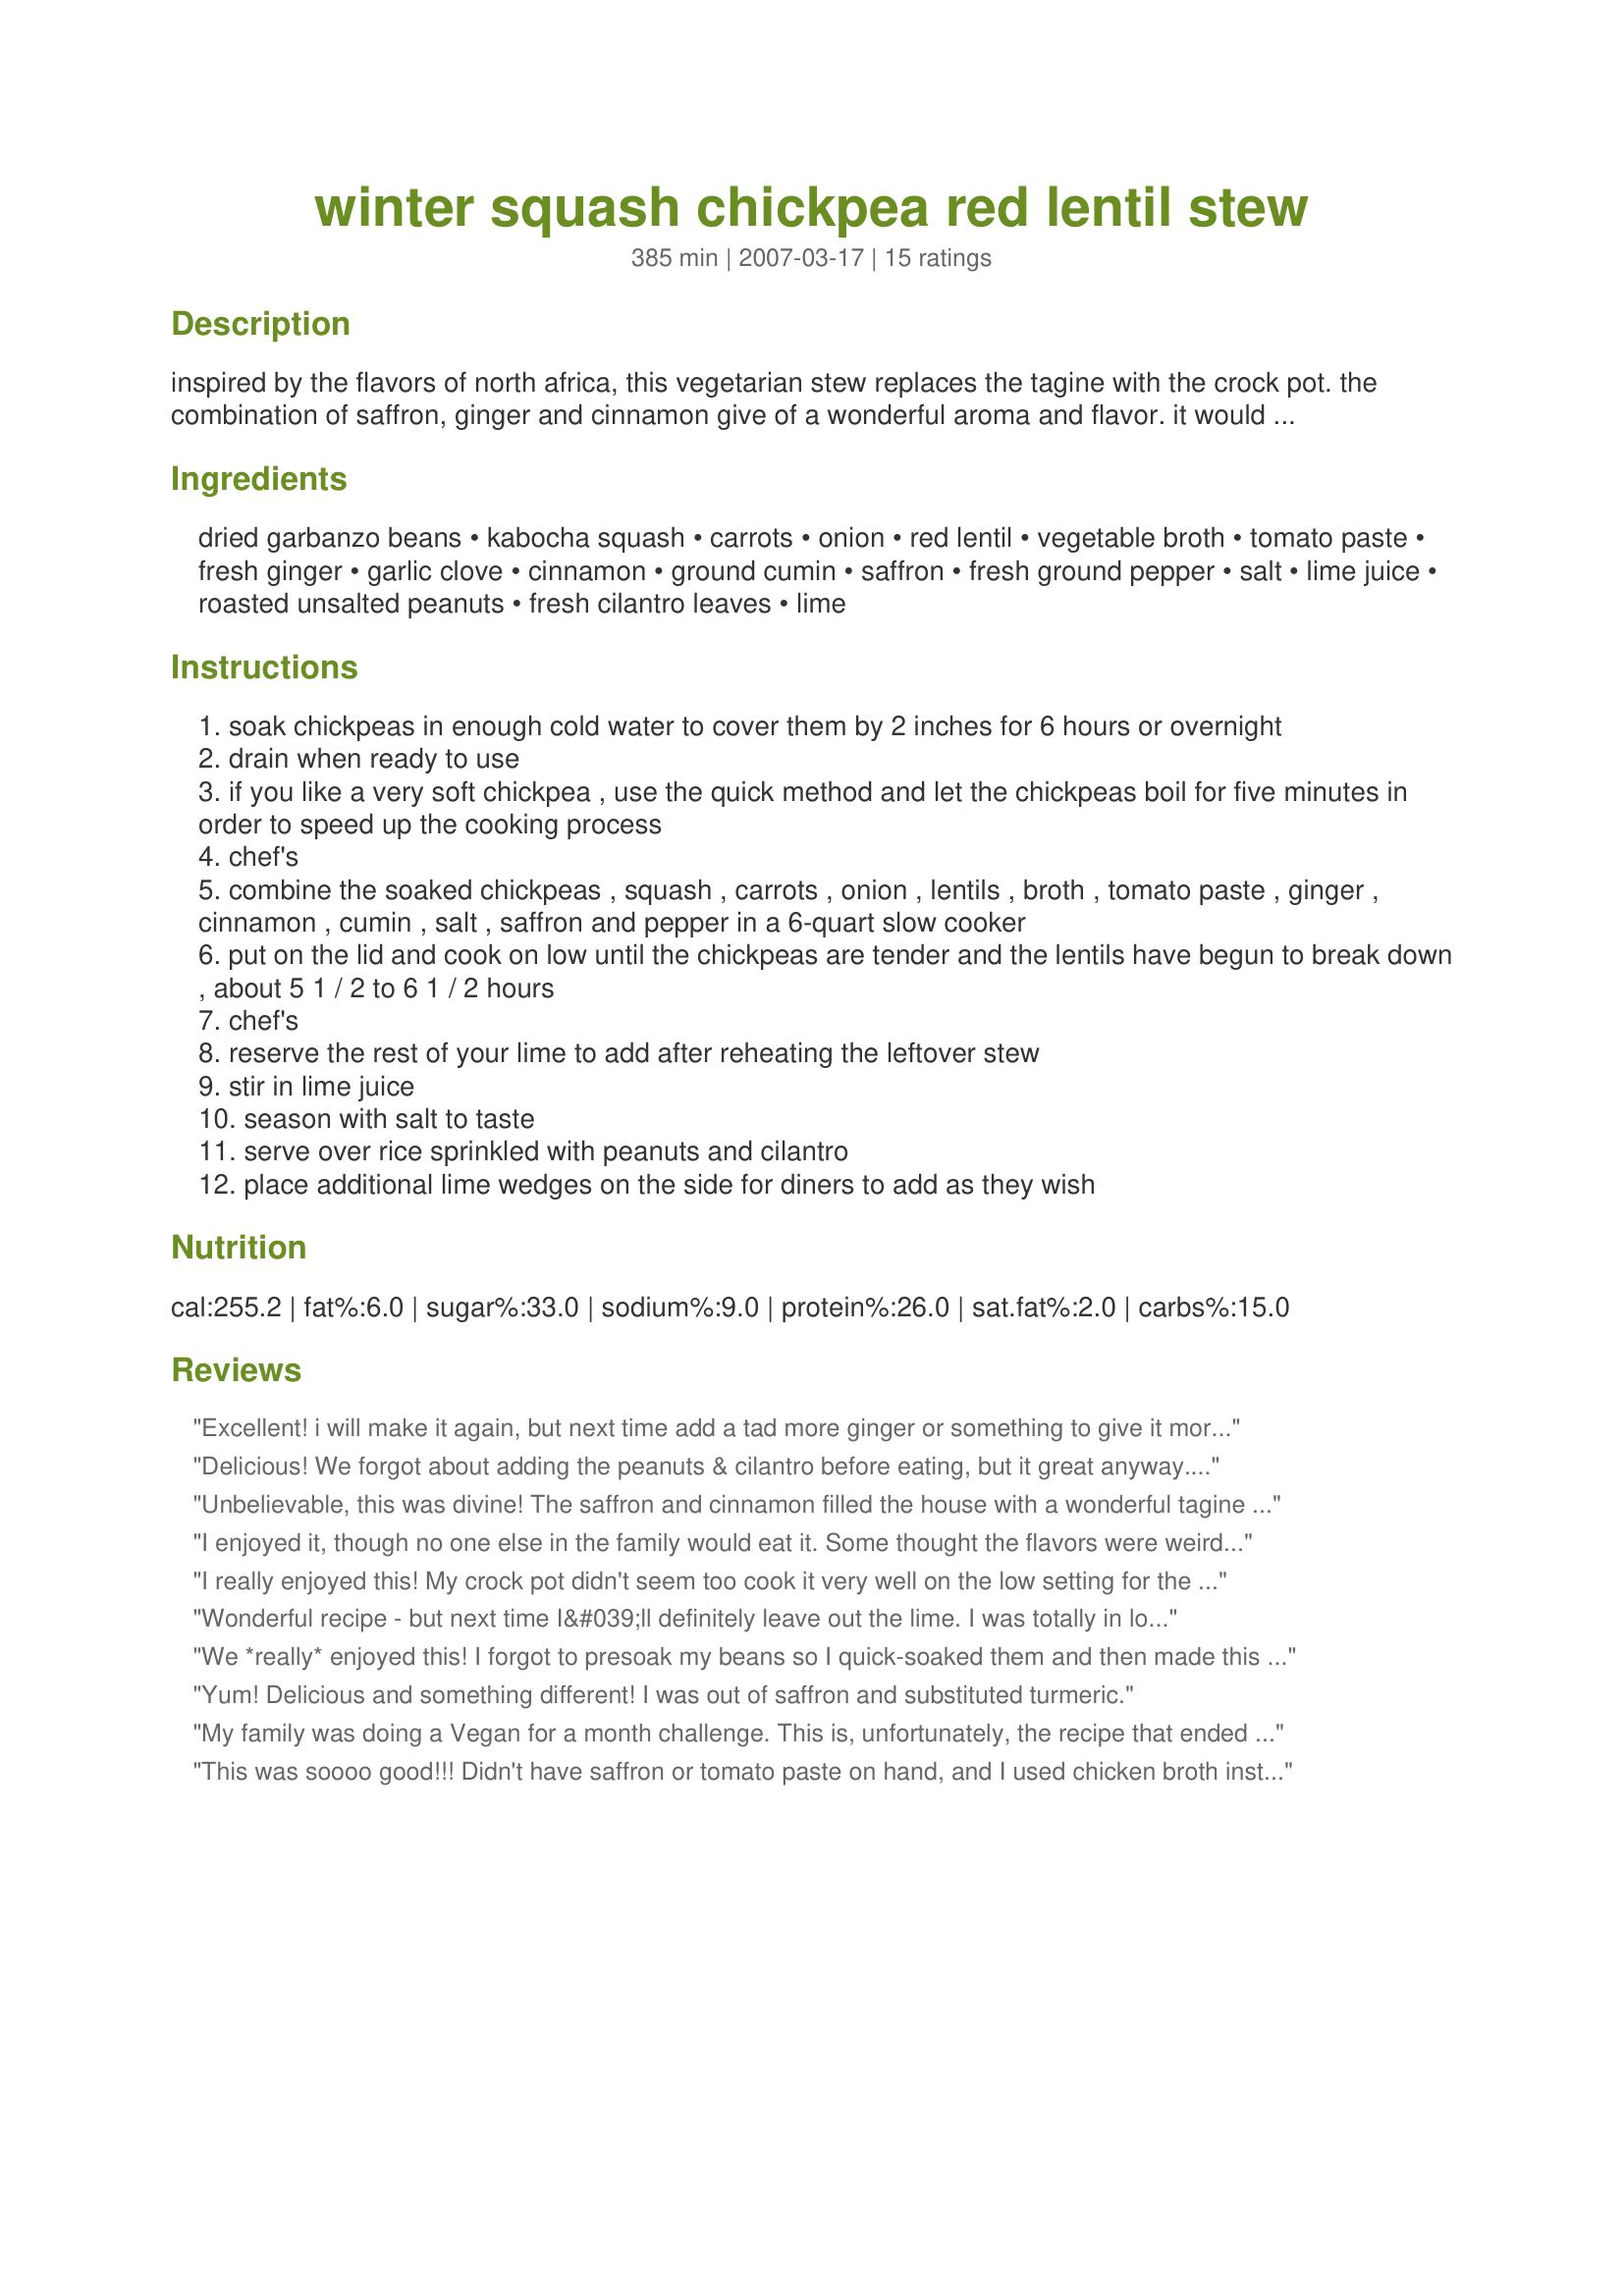
winter squash chickpea red lentil stew
Preparation time: 385 minutes

inspired by the flavors of north africa, this vegetarian stew replaces the tagine with the crock pot. the combination of saffron, ginger and cinnamon give of a wonderful aroma and flavor. it would tempting to substitute canned chickpeas here but you will get a different result. in this dish the chickpeas while tender have greater firmness than the canned type. time saving tip: prepare the ingredients the night before, placing the cubed squash, carrots, onions, tomato paste, garlic and ginger in one sealable bag or covered container, the lentils and dried spices in another. in the morning add the contents of both bags/containers, the soaked chickpeas and broth to your crock pot, turn it on and go.

Ingredients:
dried garbanzo beans, kabocha squash, carrots, onion, red lentil, vegetable broth, tomato paste, fresh ginger, garlic clove, cinnamon, ground cumin, saffron, fresh ground pepper, salt, lime juice, roasted unsalted peanuts, fresh cilantro leaves, lime

Steps:
soak chickpeas in enough cold water to cover them by 2 inches for 6 hours or overnight
drain when ready to use
if you like a very soft chickpea , use the quick method and let the chickpeas boil for five minutes in order to speed up the cooking process
chef's
combine the soaked chickpeas , squash , carrots , onion , lentils , broth , tomato paste , ginger , cinnamon , cumin , salt , saffron and pepper in a 6-quart slow cooker
put on the lid and cook on low until the chickpeas are tender and the lentils have begun to break down , about 5 1 / 2 to 6 1 / 2 hours
chef's
reserve the rest of your lime to add after reheating the leftover stew
stir in lime juice
season with salt to taste
serve over rice sprinkled with peanuts and cilantro
place additional lime wedges on the side for diners to add as they wish

Reviews:
Excellent! i will make it again, but next time add a tad more ginger or something to give it more kick - the lime and cinnamon were strong, and i felt it needed more balance on the other end. I used canned chickpeas, but hope to do it with dried next time! Took 3.5 hours on the high setting in the crock pot. I was out of rice and couscous, so I whipped up some risotto and served it over that. Decadent! Jasmine rice though next time. :) I have a feeling this will be great leftover tomorrow when the flavors have really melded. Thanks!
Delicious! We forgot about adding the peanuts & cilantro before eating, but it great anyway. Interesting mix of flavors.
Unbelievable, this was divine! The saffron and cinnamon filled the house with a wonderful tagine aroma. The flavours were phenomenal, I am in love with this dish! But I have a confession - I had to use canned chick peas! And I did not have 5 hours to spare, the cupboard was bare, husband due home in 1 hour, but I had all the ingredients to make this so I gambled and cheated. I rinsed the lentils, brought them to the boil in water for 10 mins, scooped off the foam, drained the water away, set lentils aside in a bowl, rinsed the pot, then put the 4 cups of broth in (I used chicken broth as it was all I had), brought it to the boil and placed the lentils back in with all the other ingredients, then let it boil/simmer on low heat for 30-40 mins - husband steps through the door, basmati rice was cooked just in time for serving. This was unbelievable, my husband loved it so much, it reminded him of trips in Morocco! Next time I plan to do this properly, but it was good to know that it would work with canned chickpeas and a shorter time provided the lentils were partially cooked in advance. Thank you so much for this recipe.
I enjoyed it, though no one else in the family would eat it. Some thought the flavors were weird and didn't go well together. It is definitely better with the cilantro and lime juice.
I really enjoyed this! My crock pot didn't seem too cook it very well on the low setting for the time suggested here so I put it on high for a couple of hours at the end and it came out beautifully. I served it with Moroccan style bread on the side for dipping instead of over rice. Will make again for sure.
Wonderful recipe - but next time I&#039;ll definitely leave out the lime. I was totally in love with the dish when I tasted it for salt before adding the lime. Then after adding the lime I was disappointed because I felt like the acidity overwhelmed the delicate flavors of saffron and squash. It was so lovely before the lime, and that&#039;s probably just me. I used shortcuts because I only had an hour - frozen butternut squash, Indian garlic-ginger paste and canned chickpeas, minute brown rice. Sauteed the onions, carrots then the garlic-ginger paste and spices, then added the rest and simmered for about 35 min. Will definitely make again thanks for the keeper!
We *really* enjoyed this! I forgot to presoak my beans so I quick-soaked them and then made this on the stove top. I sauteed the onions, garlic, and ginger before throwing everything else in. It cooked in about 2 hours. If I had soaked the beans longer, it might've taken less. At first I forgot the lime, it was great without it but even better when I added it! I froze the leftovers and will update you when I use them.
Yum! Delicious and something different! I was out of saffron and substituted turmeric.
My family was doing a Vegan for a month challenge. This is, unfortunately, the recipe that ended that challenge two weeks shy of a month. It was nice, but it's definitely not something I could serve my family of 'white bread' tastes. Personally I loved it, especially with some hot sauce, that seemed to really make this dish stand out for me, and it did smell very good throughout the house while cooking, but I will have to reduce the recipe down to one serving the next time I make it I guess. I also used canned chickpeas with no problems.
This was soooo good!!! Didn't have saffron or tomato paste on hand, and I used chicken broth instead of vegetable, but everything came out very well. I set it in the crockpot, went out shopping and came back to a wonderful aroma.
Thanks for the great recipe!
Loved it over rice. Great flavor.
oooh this was so good. i made it on the stove and let it simmer for about an hour. the squash cubes turned all buttery soft and melted into the broth. didn't have any peanuts on hand, so i just added about a tsp of peanut butter to each bowl. loved the lime juice at the end!! much a cilantro fan as i am, next time i'll use a little less. didn't need rice because the stew was hearty enough! thank you so much for sharing this delicious recipe!
Delish! This meal is tasty, healthy and easy- what else can a girl ask for? It has my all time favorite legumes- chickpeas and lentils- and I have a ton of butternut squash from my csa box, so this recipe was perfect. I did the prep the night before and dumped it all in the morning of. I set the timer for five hours on low and it was perfect. I served over whole wheat couscous. The lime, peanuts and cilantro finish it off nicely. I love all the spicesd and that the chickpeas are not from a can. Thanks for posting, this is a keeper! It makes a ton.
This was pretty good for something different. I definitely think the peanuts help to give a different consistency and the fresh cilantro adds a nice touch. I did forget to put in the lime. Thanks for helping me try something different!
Guys, I tried putting meat in this and it was delicious. Would recommend.
